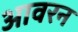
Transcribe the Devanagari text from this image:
आवरन